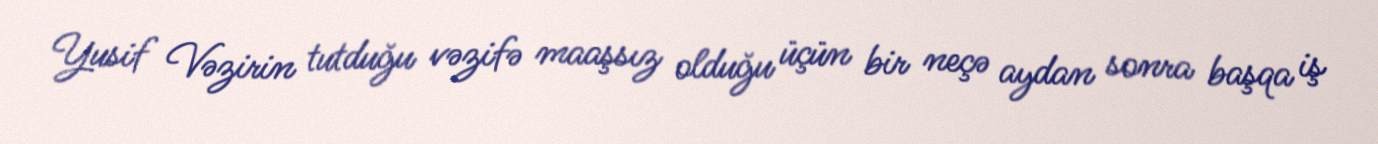
Yusif Vəzirin tutduğu vəzifə maaşsız olduğu üçün bir neçə aydan sonra başqa iş